Annual report on the Civil Veterinary Department, Burma (including the Insein Veterinary School) - 1932-1941
Year: 1932
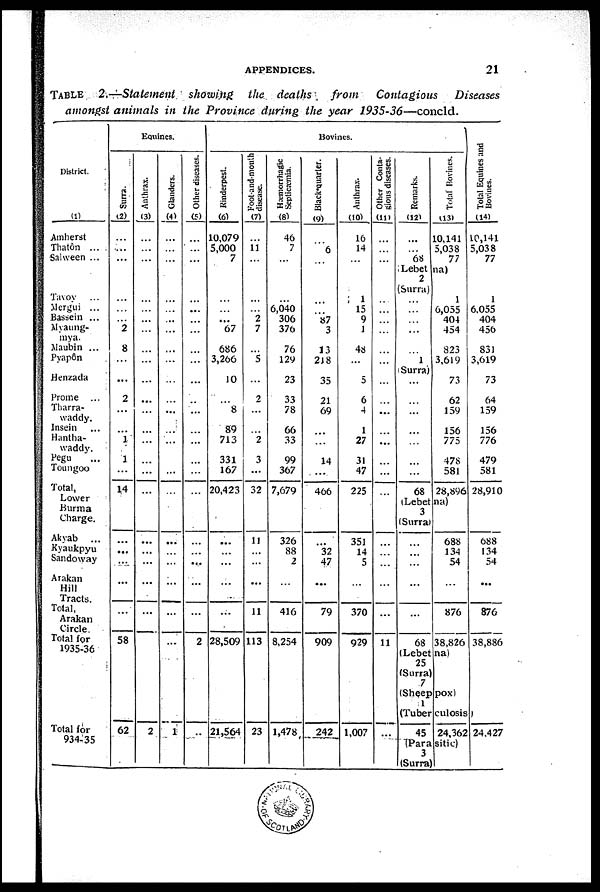
APPENDICES.
21
TABLE
2.—Statement
showing
the
deaths
from
Contagious
Diseases
amongst
animals
in the Province
during
the year
1935-36—concld.
District.
(1)
Amherst
Thatôn ...
Salween ...
Tavoy ...
Mergui ...
Basse in ...
Myaung-
mya.
Maubin ...
Pyapôn
Henzada
Prome
...
Tharra-
waddy.
Insein ...
Hantha-
waddy.
Pegu ...
Toungoo
Total,
Lower
Burma
Charge.
Akyab ...
Kyaukpyu
Sandoway
Arakan
Hill
Tracts.
Total,
Arakan
Circle
Total for
1935-36
Total for
934-35
Equines.
Surra.
(2)
...
...
...
...
...
...
2
8
...
...
2
...
...
1
1
...
14
...
...
...
...
58
62
Anthrax.
(3)
...
...
...
...
...
...
...
...
...
...
...
...
...
...
...
...
...
...
...
...
...
2
Glanders.
(4)
...
...
...
...
...
...
...
...
...
...
...
...
...
...
...
...
...
...
...
...
...
...
1
Other diseases.
(5)
...
...
...
...
...
...
...
...
...
...
...
...
...
...
...
...
...
...
...
...
...
2
..
Bovines.
Rinderpest.
(6)
10,079
5,000
7
...
...
...
67
686
3,260
10
...
8
89
713
331
167
20,423
...
...
...
...
28,509
21,564
Foot-and-mouth
disease.
(7)
...
11
...
...
...
2
7
...
5
...
2
...
...
2
3
...
32
11
...
...
11
113
23
Hæmorrhagic
Septicæmia.
(8)
46
7
...
...
6,040
306
376
76
129
23
33
78
66
33
99
367
7,679
326
88
2
416
8,254
1,478
Black-quarter.
(9)
...
6
...
...
...
87
3
13
218
35
21
69
...
...
14
...
466
...
32
47
79
909
242
Anthrax.
(10)
16
14
...
1
15
9
1
43
...
5
6
4
1
27
31
47
225
351
14
5
370
929
1,007
Other Conta-
gious diseases.
(11)
...
...
...
...
...
...
...
...
...
...
...
...
...
...
...
...
...
...
...
...
...
11
...
Remarks.
(12)
...
...
68
Total Bovines.
113)
10,141
5,038
77
Lebetna)
2
(Surra)
...
...
...
...
...
1
Surra)
...
...
...
...
...
...
...
68
1
6,055
404
454
823
3,619
73
62
159
156
775
478
581
28,896
(Lebetna)
3
(Surra)
...
...
...
...
68
688
134
54
876
38,826
(Lebetna)
25
(Surra)
7
(Sheeppox)
1
Total Equities and
Bovines.
(14)
10,141
5,038
77
1
6,055
404
456
831
3,619
73
64
159
156
776
479
581
28,910
688
134
54
876
38,886
(Tuberculosis)
45 24,362
(Parasitic)
(Surra)
24,427